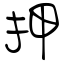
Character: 押